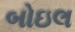
બોઇલ